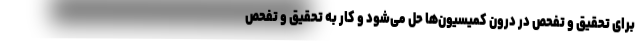
برای تحقیق و تفحص در درون کمیسیون‌ها حل می‌شود و کار به تحقیق و تفحص